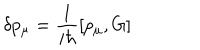
LaTeX: \delta p _ { \mu } = \frac { 1 } { i \hbar } \left[ p _ { \mu } , G \right]